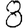
Digit: 8